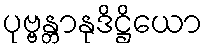
ပုဗ္ဗန္တာနုဒိဋ္ဌိယော